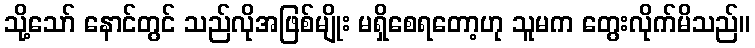
သို့သော် နောင်တွင် သည်လိုအဖြစ်မျိုး မရှိစေရတော့ဟု သူမက တွေးလိုက်မိသည်။